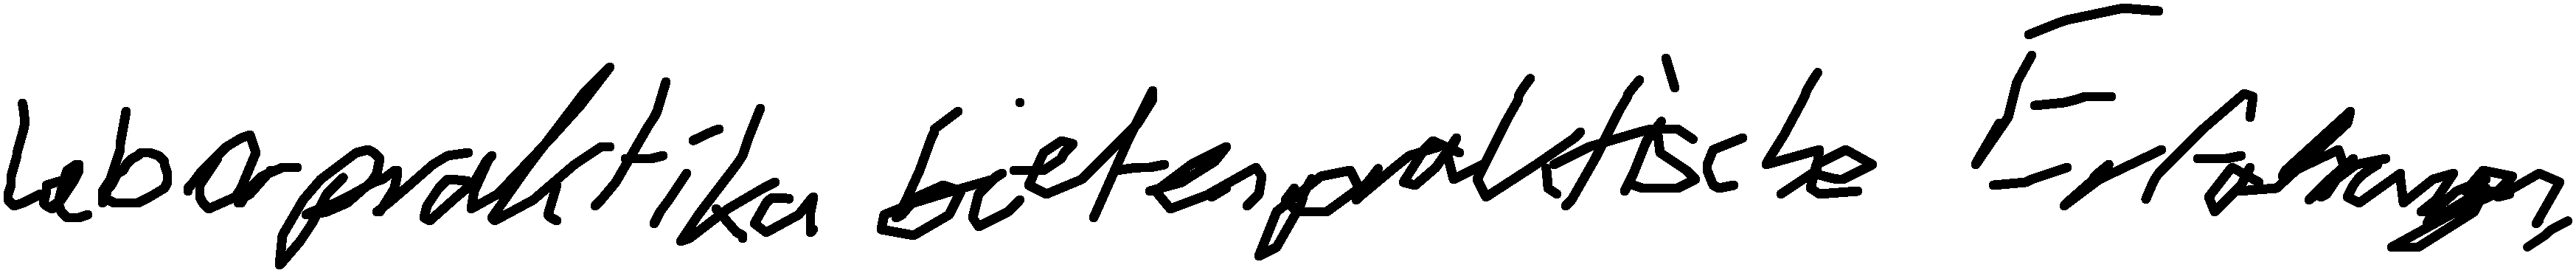
Laborpraktika bieten praktische Erfahrungen.